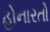
હોનારતો